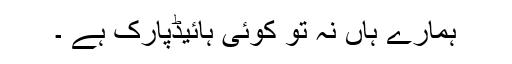
ہمارے ہاں نہ تو کوئی ہائیڈپارک ہے ۔